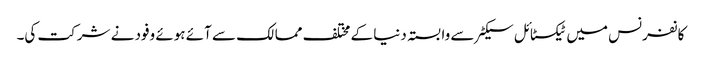
کانفرنس میں ٹیکسٹائل سیکٹر سے وابستہ دنیا کے مختلف ممالک سے آئے ہوئے وفود نے شرکت کی۔